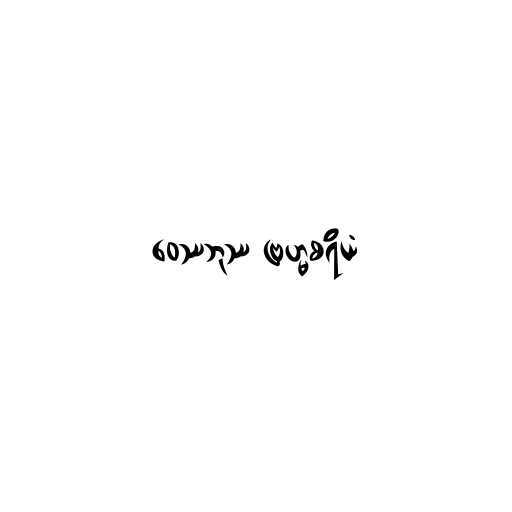
ဝေဿဘုဿ ဗြဟ္မစရိယံ